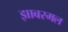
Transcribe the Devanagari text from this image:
झाबरमल